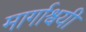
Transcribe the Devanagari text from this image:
मार्गाश्वयी